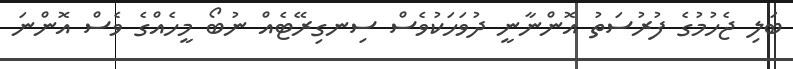
ބަލި ޖެހުމުގެ ފުރުސަތު އޮންނާނީ ދުވަހަކުވެސް ސިނގިރޭޓެއް ނުބޯ މީހެއްގެ ވެސް އޮންނަ